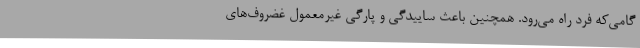
گامی‌که فرد راه می‌رود. همچنین باعث ساییدگی و پارگی غیرمعمول غضروف‌های